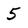
Character: 5